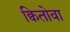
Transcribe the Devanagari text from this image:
क्वितोवा